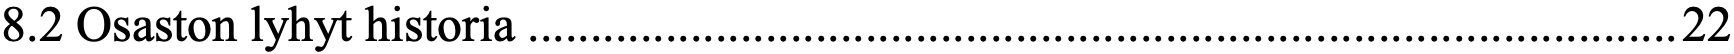
8.2 Osaston lyhyt historia ............................................................................................ 22